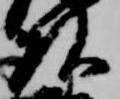
頭